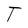
Character: T